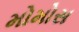
મોમોસ